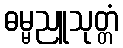
ဓမ္မညူသုတ္တံ